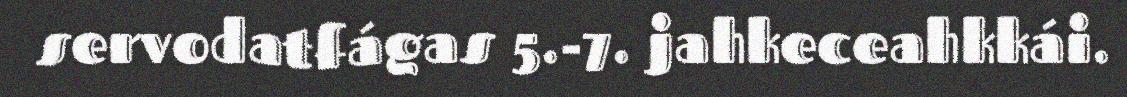
servodatfágas 5.-7. jahkeceahkkái.